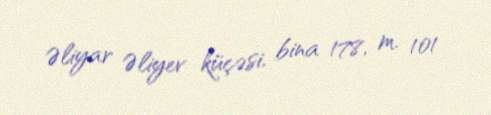
Əliyar Əliyev küçəsi, bina 178, m. 101